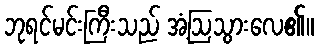
ဘုရင်မင်းကြီးသည် အံ့ဩသွားလေ၏။